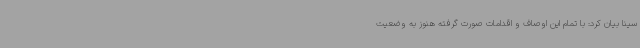
سینا بیان کرد: با تمام این اوصاف و اقدامات صورت گرفته هنوز به وضعیت